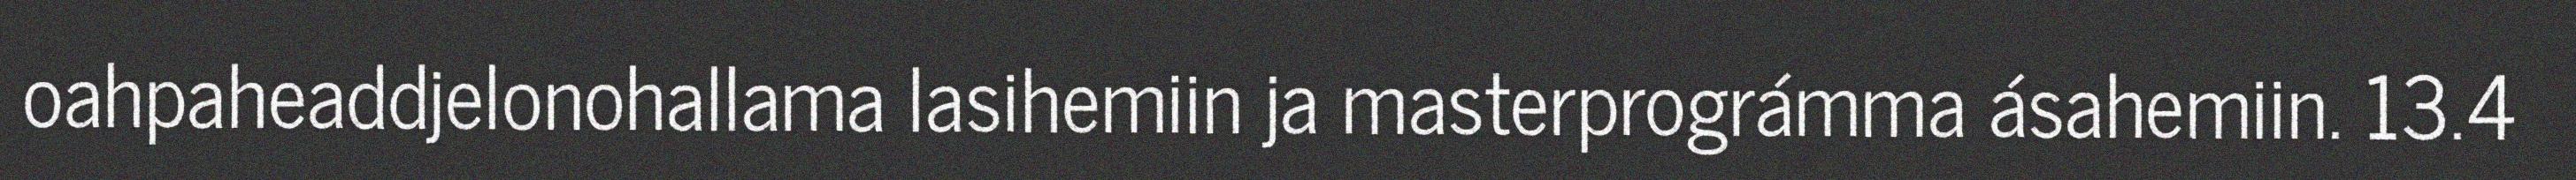
oahpaheaddjelonohallama lasihemiin ja masterprográmma ásahemiin. 13.4